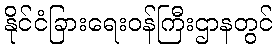
နိုင်ငံခြားရေးဝန်ကြီးဌာနတွင်